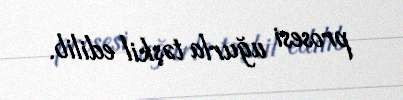
prosesi uğurla təşkil edilib.